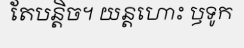
តែបន្តិច។ យន្តហោះ ឫទូក